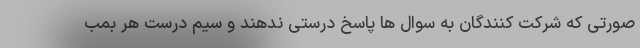
صورتی که شرکت کنندگان به سوال ها پاسخ درستی ندهند و سیم درست هر بمب